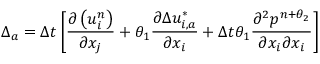
\Delta _ { a } = \Delta t \left[ \frac { \partial \left( u _ { i } ^ { n } \right) } { \partial { { x } _ { j } } } + { { \theta } _ { 1 } } \frac { \partial \Delta u _ { i , a } ^ { * } } { \partial { { x } _ { i } } } + \Delta t { { \theta } _ { 1 } } \frac { { { \partial } ^ { 2 } } { { p } ^ { n + { { \theta } _ { 2 } } } } } { \partial { { x } _ { i } } \partial { { x } _ { i } } } \right]